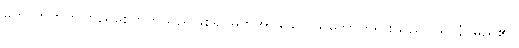
မဟာဘုတ်ကိုကြည်စေတတ်သည်ဖြစ်၍ မှတ်အပ်သော သဘောတရားသည်။ ဃာနံ၊ မည်၏။